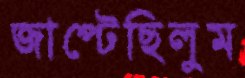
জাপ্‌টেছিলুম